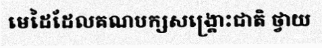
មេដៃដែលគណបក្សសង្គ្រោះជាតិ ថ្វាយ